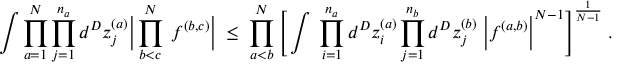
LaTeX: \int \prod _ { a = 1 } ^ { N } \prod _ { j = 1 } ^ { n _ { a } } d ^ { D } z _ { j } ^ { ( a ) } \bigg | \prod _ { b < c } ^ { N } \; f ^ { ( b , c ) } \bigg | \; \leq \; \prod _ { a < b } ^ { N } \Bigg [ \int \; \prod _ { i = 1 } ^ { n _ { a } } d ^ { D } z _ { i } ^ { ( a ) } \prod _ { j = 1 } ^ { n _ { b } } d ^ { D } z _ { j } ^ { ( b ) } \; \bigg | f ^ { ( a , b ) } \bigg | ^ { N - 1 } \Bigg ] ^ { \frac { 1 } { N - 1 } } \; .